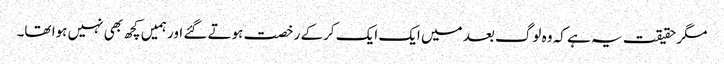
مگر حقیقت یہ ہے کہ وہ لوگ بعد میں ایک ایک کرکے رخصت ہوتے گئے اور ہمیں کچھ بھی نہیں ہوا تھا۔